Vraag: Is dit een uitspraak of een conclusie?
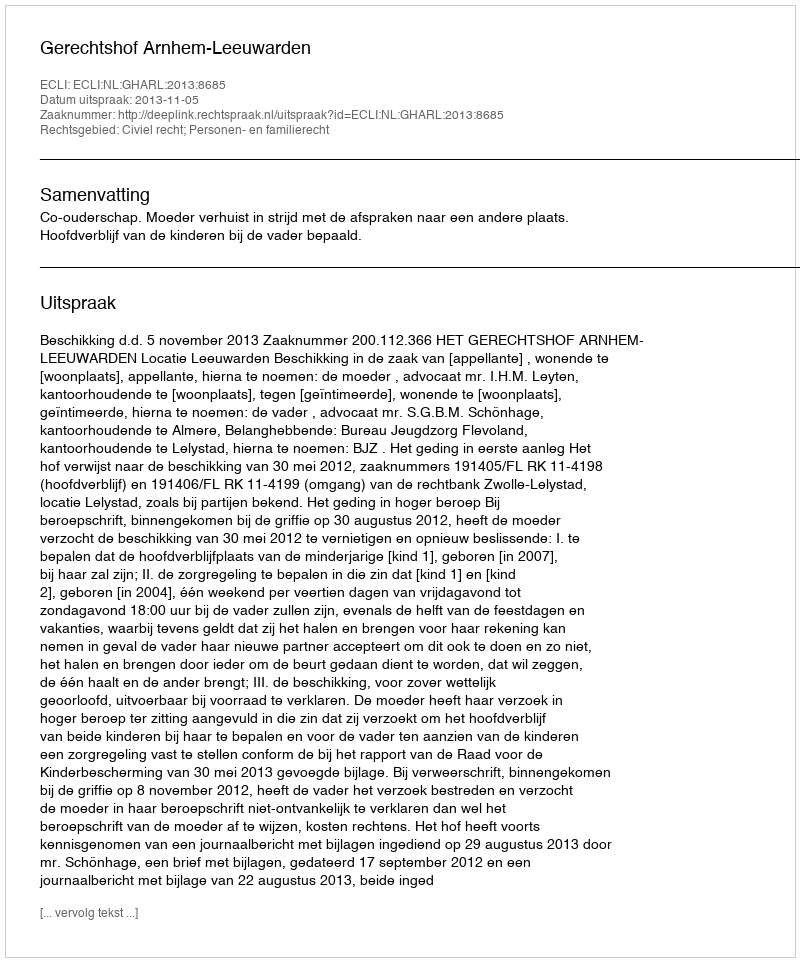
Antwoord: Uitspraak